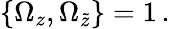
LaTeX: {\{ \Omega_{z},\Omega_{\tilde{z}}\} }=1\, .